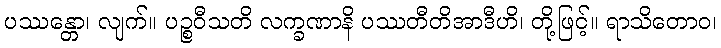
ပဿန္တော၊ လျက်။ ပဉ္စဝီသတိ လက္ခဏာနိ ပဿတီတိအာဒီဟိ၊ တို့ဖြင့်။ ရာသိတောဝ၊